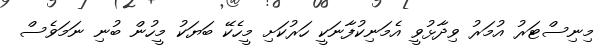
މިނިސްޓަރު އުމަރު ވިދާޅުވީ އެމަނިކުފާނަކީ ހަރުކަށި މީހެކޭ ބަޔަކު މީހުން ބުނި ނަމަވެސް